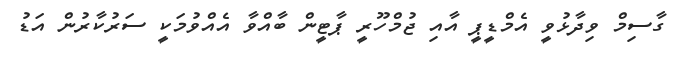
ގާސިމް ވިދާޅުވީ އެމްޑީޕީ އާއި ޖުމްހޫރީ ޕާޓީން ބާއްވާ އެއްވުމަކީ ސަރުކާރުން އަޑު